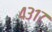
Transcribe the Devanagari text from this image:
४३१७